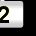
Digit: 2